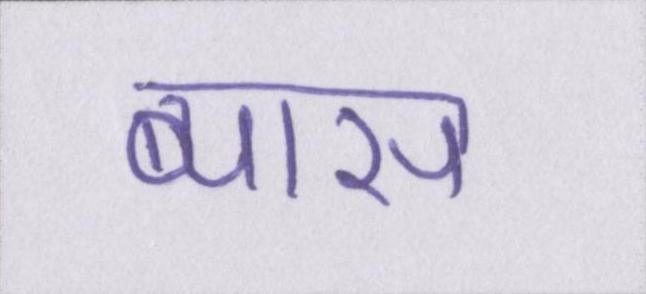
ब्यास